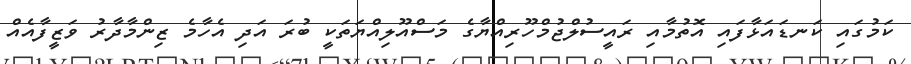
ކަމުގައި ކަނޑައަޅާފައި އޮތުމާއި ރައީސުލްޖުމްހޫރިއްޔާގެ މަސްއޫލިއްޔަތަކީ ބުރަ އަދި އެހާމެ ޒިންމާދާރު ވަޒީފާއެއް